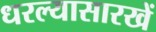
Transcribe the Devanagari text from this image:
धरल्यासारखें